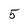
Character: 5